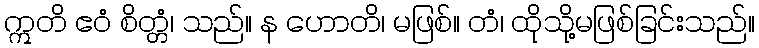
ဣတိ ဧဝံ စိတ္တံ၊ သည်။ န ဟောတိ၊ မဖြစ်။ တံ၊ ထိုသို့မဖြစ်ခြင်းသည်။